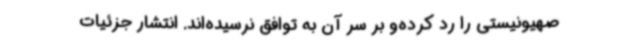
صهیونیستی را رد کرده‌و بر سر آن به توافق نرسیده‌اند. انتشار جزئیات